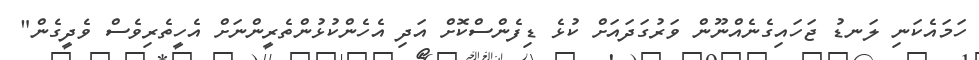
ހަމައެކަނި ލަނޑު ޖަހައިގެނެއްނޫން ވަރުގަދައަށް ކުޅެ ޑިފެންސްކޮށް އަދި އެހެންކުޅުންތެރީންނަށް އެހީތެރިވެސް ވެދީގެން"